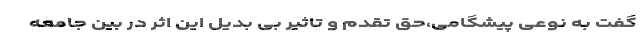
گفت به نوعی پیشگامی،حق تقدم و تاثیر بی بدیل این اثر در بین جامعه